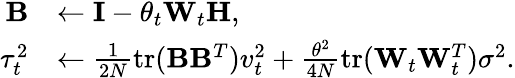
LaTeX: \begin{array}{rl}{\mathbf{B}}&{\gets\mathbf{I}-\theta_{t}\mathbf{W}_{t}\mathbf{H},}\\ {\tau_{t}^{2}}&{\gets\frac{1}{2N}\mathrm{tr}(\mathbf{B}\mathbf{B}^{T})v_{t}^{2}+\frac{\theta^{2}}{4N}\mathrm{tr}(\mathbf{W}_{t}\mathbf{W}_{t}^{T})\sigma^{2}.}\end{array}